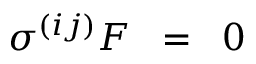
\sigma ^ { ( i j ) } F \; \; = \; \; 0